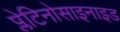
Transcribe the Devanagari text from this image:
प्लेटिनोसाइनाइड